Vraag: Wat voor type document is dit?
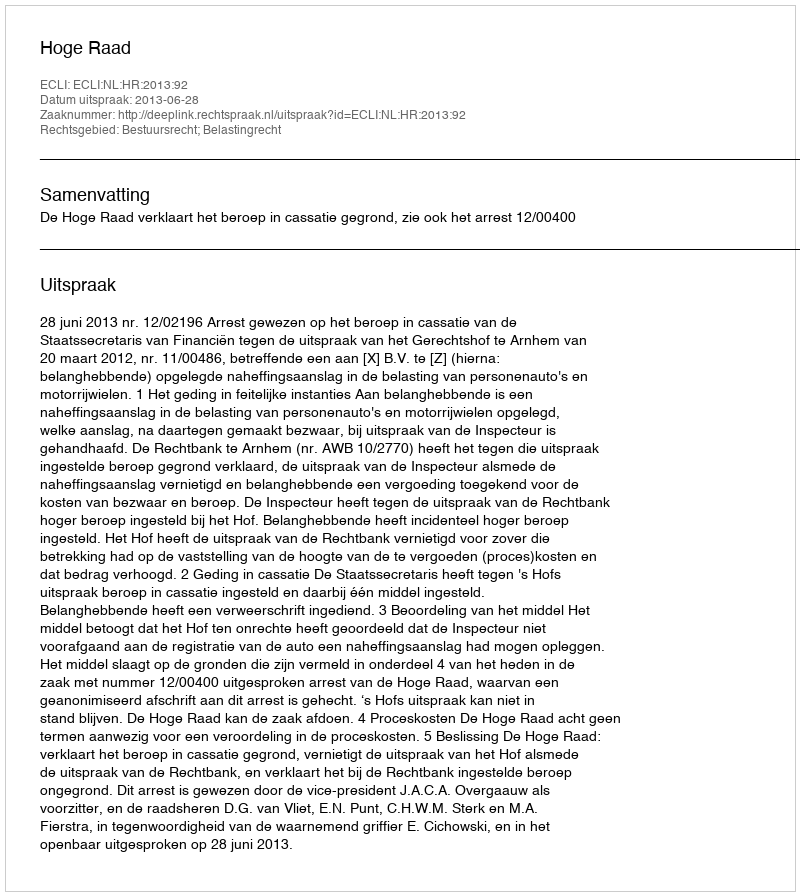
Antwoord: Uitspraak